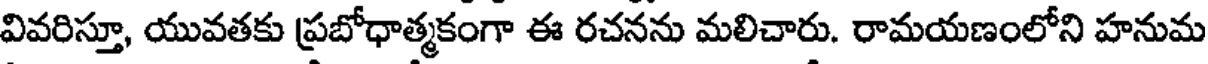
వివరిస్తూ, యువతకు ప్రబోధాత్మకంగా ఈ రచనను మలిచారు. రామయణంలోని హనుమ